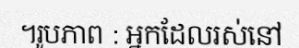
។រូបភាព : អ្នកដែលរស់នៅ